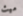
ميث